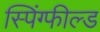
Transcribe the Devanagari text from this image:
स्पिंग्फील्ड